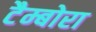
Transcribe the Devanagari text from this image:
टैम्बोरा